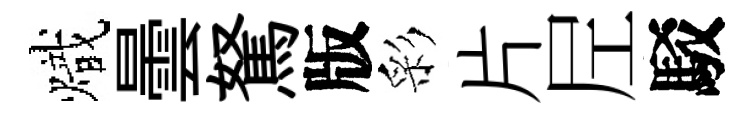
熾曇駑版彩片𡰱駁